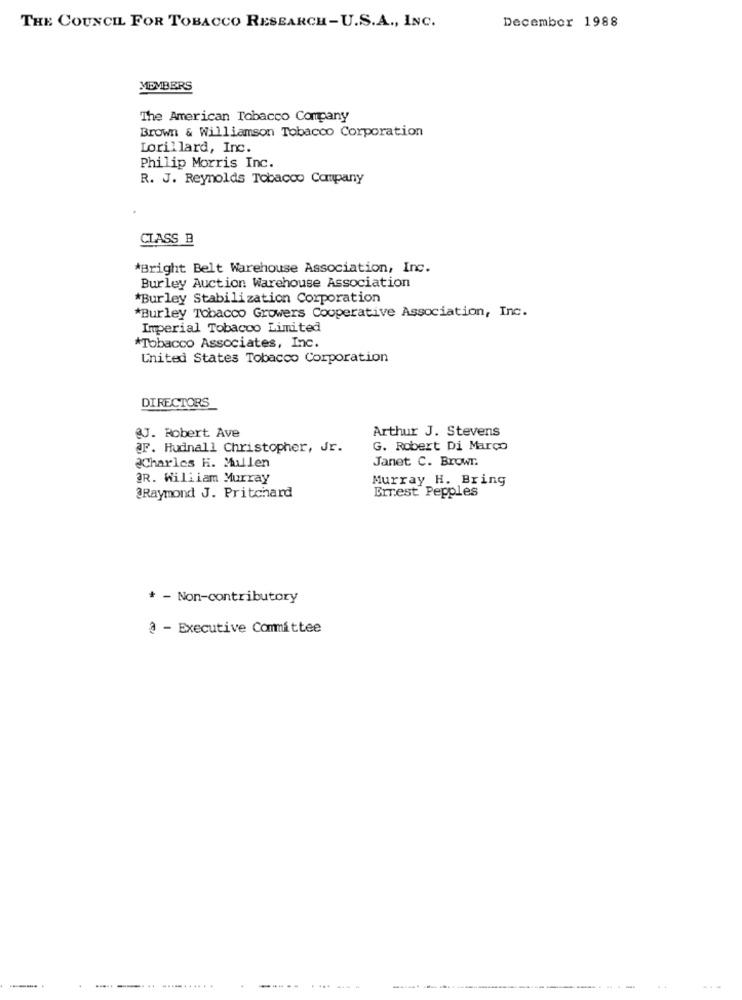
December 1988
THE COUNCIL FOR TOBACCO RESEARCH-U.S.A ., INC.
MEMBERS
The American Tobacco Company
Brown & Williamson Tobacco Corporation
Lorillard, Inc.
Philip Morris Inc.
R. J. Reynolds Tobacco Company
CLASS B
*Bright Belt Warehouse Association, Inc.
Burley Auction Warehouse Association
*Burley Stabilization Corporation
*Burley Tobacco Growers Cooperative Association, Inc.
Imperial Tobacco Limited
*Tobacco Associates, Inc.
United States Tobacco Corporation
DIRECTORS
@J. Robert Ave
Arthur J. Stevens
@F. Hudnall Christopher, Jr.
G. Robert Di Marco
Charles H. Mullen
Janet C. Brown.
DR. William Murray
Murray H. Bring
Errest Pepples
@Raymond J. Pritchard
* - Non-contributory
3 - Executive Committee
.....
-...
........
.....
4